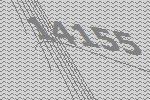
14155